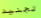
تجنيد